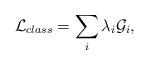
LaTeX: \begin{align*}{\cal L}_{class}=\sum_i\lambda_i{\cal G}_i,\end{align*}